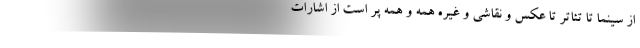
از سینما تا تئاتر تا عکس و نقاشی و غیره همه و همه پر است از اشارات